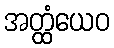
အတ္ထံယေဝ